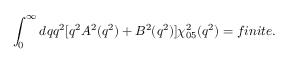
\int _ { 0 } ^ { \infty } d q q ^ { 2 } \lbrack q ^ { 2 } A ^ { 2 } ( q ^ { 2 } ) + B ^ { 2 } ( q ^ { 2 } ) \rbrack \chi _ { 0 5 } ^ { 2 } ( q ^ { 2 } ) = f i n i t e .